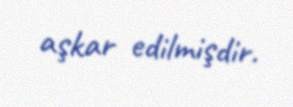
aşkar edilmişdir.